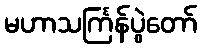
မဟာသင်္ကြန်ပွဲတော်